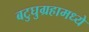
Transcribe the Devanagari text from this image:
बटुघुग्रहामध्ये